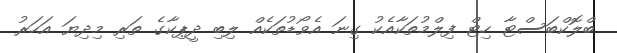
ބްލޮކްބަސްޓާ ހިޓް ފިލްމުތަކާއެކު ގިނަ އެވޯޑުތަކެއް ލިބި ދީޕިކާގެ ތަރި މިދިޔަ އަހަރު